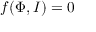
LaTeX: f ( \Phi , I ) = 0